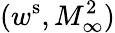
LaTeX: (w^{\mathrm{s}},M_{\infty}^{2})